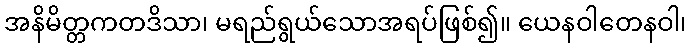
အနိမိတ္တကတဒိသာ၊ မရည်ရွယ်သောအရပ်ဖြစ်၍။ ယေနဝါတေနဝါ၊